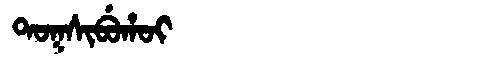
Manchu: ᡨᠣᡴᠰᡳᠪᡠᡥᠣᡳ
Romanization: TOKSIBUHOI